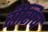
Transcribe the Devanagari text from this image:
रीसिव